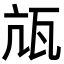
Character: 㼚